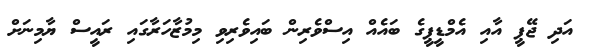
އަދި ޖޭޕީ އާއި އެމްޑީޕީގެ ބައެއް އިސްވެރިން ބައިވެރިވި މިމުޒާހަރާގައި ރައީސް ޔާމިނަށް